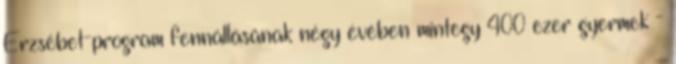
Erzsébet-program fennállásának négy évében mintegy 400 ezer gyermek -